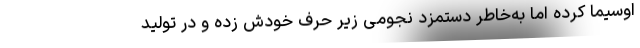
اوسیما کرده ‌اما به‌خاطر دستمزد نجومی زیر حرف خودش زده و در تولید